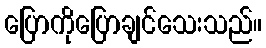
ပြောကိုပြောချင်သေးသည်။